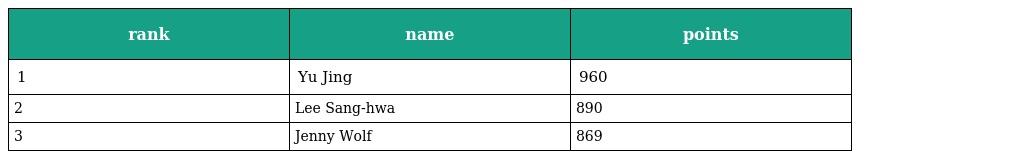
| rank | name | points |
 | --- | --- | --- |
 | 1 | Yu Jing | 960 |
 | 2 | Lee Sang-hwa | 890 |
 | 3 | Jenny Wolf | 869 |